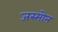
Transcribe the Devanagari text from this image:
जस्मोन